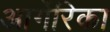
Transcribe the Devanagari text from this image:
आर्गेरिका